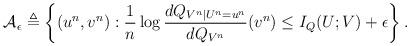
LaTeX: \begin{align*} {\cal A}_{\epsilon} &\triangleq \left\{ (u^n, v^n) : \frac{1}{n} \log \frac{d Q_{V^n|U^n=u^n}}{d Q_{V^n}} (v^n) \leq I_Q(U;V) + \epsilon \right\}. \end{align*}